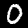
Digit: 0